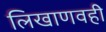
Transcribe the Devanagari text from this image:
लिखाणवही